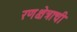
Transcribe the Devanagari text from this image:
रणक्षेत्राची